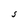
Character: S